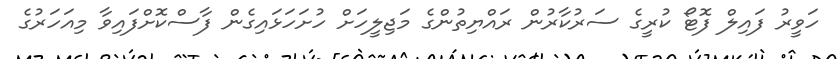
ހަވީރު ފައިލް ފޮޓޯ ކުރީގެ ސަރުކާރުން ރައްޔިތުންގެ މަޖިލީހަށް ހުށަހަޅައިގެން ފާސްކޮށްފައިވާ މިއަހަރުގެ